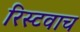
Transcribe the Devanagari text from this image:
रिस्टवाच